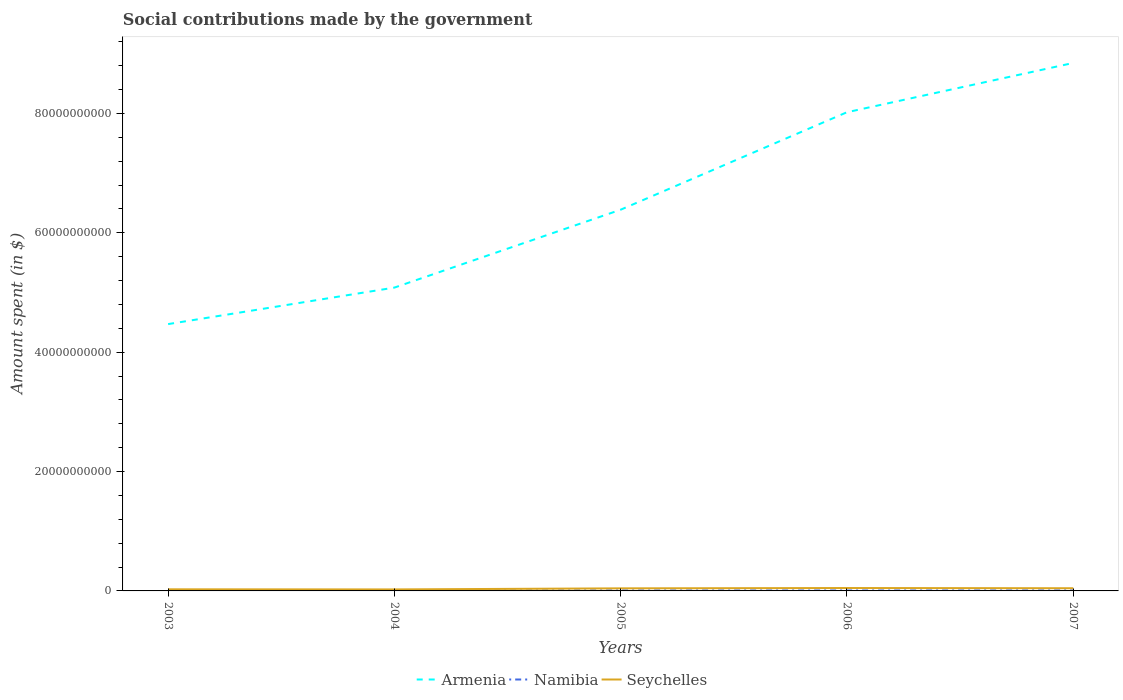
| Years | Armenia | Namibia | Seychelles |
 | --- | --- | --- | --- |
 | 2003 | 4.47e+10 | 5.99e+07 | 2.7e+08 |
 | 2004 | 5.08e+10 | 6.9e+07 | 2.5e+08 |
 | 2005 | 6.39e+10 | 7.69e+07 | 4.32e+08 |
 | 2006 | 8.02e+10 | 7.47e+07 | 4.84e+08 |
 | 2007 | 8.85e+10 | 8.14e+07 | 4.5e+08 |